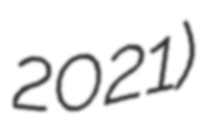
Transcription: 2021)